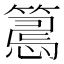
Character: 𢤉